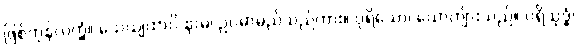
ဖြစ်ကုန်လတ္တံ့။ သေယျထာပိ နာမ၊ ဥပမာမည်သည်ကား။ ပုရိသော၊ ယောကျ်ားသည်။ ပရိသုဒ္ဓံ၊